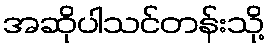
အဆိုပါသင်တန်းသို့